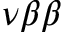
\nu \beta \beta